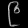
Digit: ၉